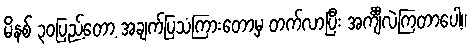
မိနစ် ၃၀ပြည့်တော့ အချက်ပြသံကြားတော့မှ တက်လာပြီး အင်္ကျီလဲကြတာပေါ့။